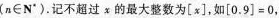
(n∈N')。记不超过x的最大整数为[x]。如[0.9]=0，